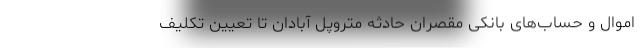
اموال و حساب‌های بانکی مقصران حادثه متروپل آبادان تا تعیین تکلیف